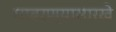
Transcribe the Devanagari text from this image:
घाबरण्यासारखे